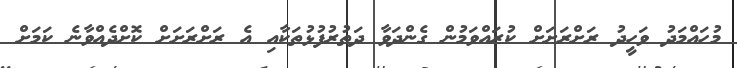
މުހައްމަދު ވަހީދު ރަށްރަށަށް ކުރައްވަމުން ގެންދަވާ ދަތުރުފުޅުތަކާއި އެ ރަށްރަށަށް ކޮށްދެއްވާނެ ކަމަށް